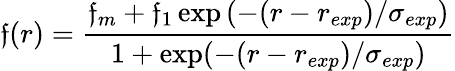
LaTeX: \mathfrak{f}(r)=\frac{{\mathfrak{f}_{m}+\mathfrak{f}_{1}\exp\left(-(r-r_{exp})/\sigma_{exp}\right)}}{{1+\exp(-(r-r_{exp})/\sigma_{exp})}}